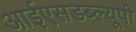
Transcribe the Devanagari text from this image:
आईएसडब्ल्यूपी